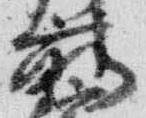
前